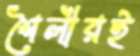
শৈলীরই